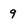
Character: 9